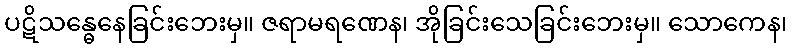
ပဋိသန္ဓေနေခြင်းဘေးမှ။ ဇရာမရဏေန၊ အိုခြင်းသေခြင်းဘေးမှ။ သောကေန၊